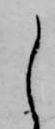
し